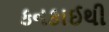
કનકાઈથી